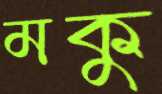
মকু